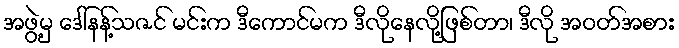
အဖွဲ့မှ ဒေါ်နန့်သဇင် မင်းက ဒီကောင်မက ဒီလိုနေလို့ဖြစ်တာ၊ ဒီလို အဝတ်အစား